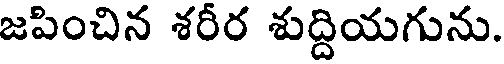
జపించిన శరీర శుద్దియగును.